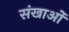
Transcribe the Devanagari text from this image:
संखाओं